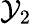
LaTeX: \mathcal{Y}_{2}